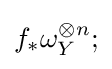
f_{*}\omega _{Y}^{\otimes n};